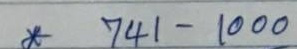
* 741 - 1000